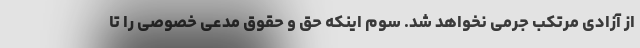
از آزادی مرتکب جرمی نخواهد شد. سوم اینکه حق و حقوق مدعی خصوصی را تا